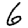
Digit: 6